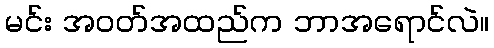
မင်း အဝတ်အထည်က ဘာအရောင်လဲ။